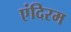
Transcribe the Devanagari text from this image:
एंदिरम